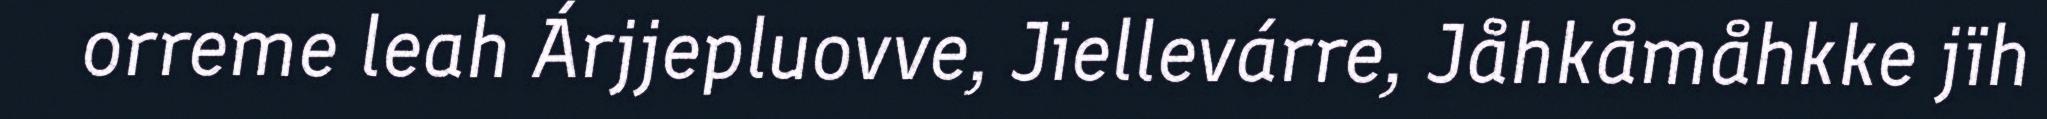
orreme leah Árjjepluovve, Jiellevárre, Jåhkåmåhkke jïh